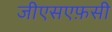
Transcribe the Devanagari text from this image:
जीएसएफ़सी